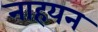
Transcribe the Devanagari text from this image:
नाहयन